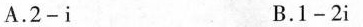
A.$$2 - i$$ B.$$1 - 2 i$$